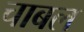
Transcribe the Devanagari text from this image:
चाबल